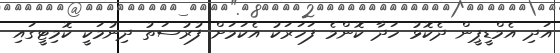
އަދި އެމްޑީޕީން ދެކޮޅު ހަދާ ކޮންމެ ފަހަރަކު އެކަމަށް ފުރުސަތު ދިނުމަކީ ކޮމިޓީގައި